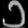
Digit: ၁